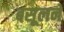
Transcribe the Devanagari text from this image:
बसूलने